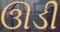
ઊડી